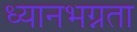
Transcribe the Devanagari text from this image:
ध्यानभग्नता